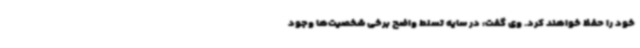
خود را حفظ خواهند کرد. وی گفت: در سایه تسلط واضح برخی شخصیت‌ها وجود